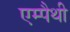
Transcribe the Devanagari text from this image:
एम्पैथी